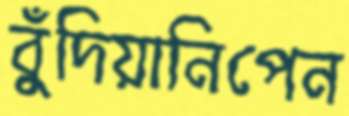
বুঁদিয়ানিপেন